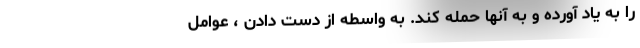
را به یاد آورده و به آنها حمله کند. به واسطه از دست دادن ، عوامل